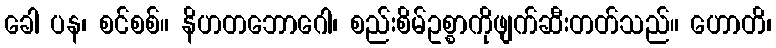
ခေါ ပန၊ စင်စစ်။ နိဟတဘောဂေါ၊ စည်းစိမ်ဥစ္စာကိုဖျက်ဆီးတတ်သည်။ ဟောတိ၊